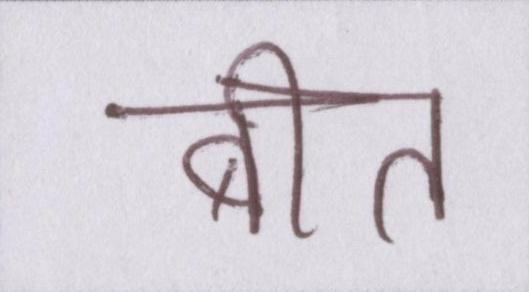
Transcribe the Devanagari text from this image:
बीत